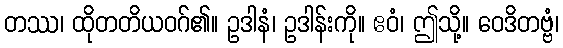
တဿ၊ ထိုတတိယဝဂ်၏။ ဥဒါနံ၊ ဥဒါန်းကို။ ဧဝံ၊ ဤသို့။ ဝေဒိတဗ္ဗံ၊